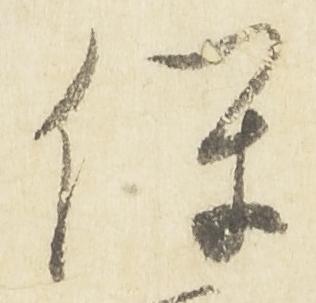
保